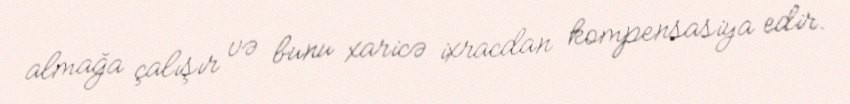
almağa çalışır və bunu xaricə ixracdan kompensasiya edir.